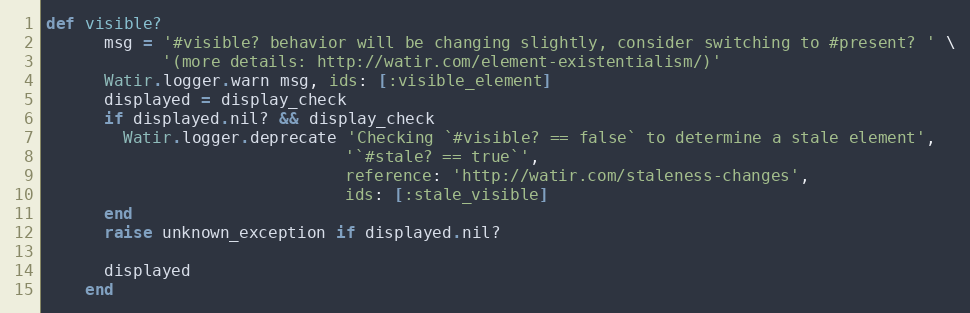
Language: Ruby
def visible?
      msg = '#visible? behavior will be changing slightly, consider switching to #present? ' \
            '(more details: http://watir.com/element-existentialism/)'
      Watir.logger.warn msg, ids: [:visible_element]
      displayed = display_check
      if displayed.nil? && display_check
        Watir.logger.deprecate 'Checking `#visible? == false` to determine a stale element',
                               '`#stale? == true`',
                               reference: 'http://watir.com/staleness-changes',
                               ids: [:stale_visible]
      end
      raise unknown_exception if displayed.nil?

      displayed
    end